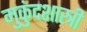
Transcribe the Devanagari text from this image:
मुुकुंदशास्त्री